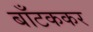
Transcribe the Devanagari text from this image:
बाँटककर